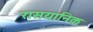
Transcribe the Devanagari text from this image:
रासयानिक